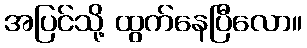
အပြင်သို့ ထွက်နေပြီလော။